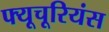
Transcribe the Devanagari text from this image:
फ्यूचूरियंस